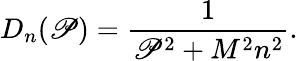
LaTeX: D_{n}(\mathscr{P})=\frac{1}{{\mathscr{P}^{2}+M^{2}n^{2}}}.